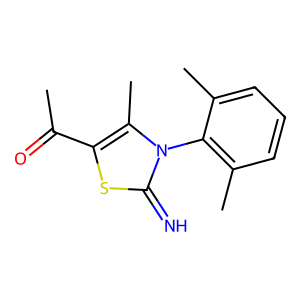
SMILES: CC(=O)c1sc(=N)n(-c2c(C)cccc2C)c1C
Inhibits HIV replication: No